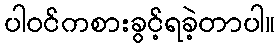
ပါဝင်ကစားခွင့်ရခဲ့တာပါ။